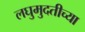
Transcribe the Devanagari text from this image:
लघुमुदतीच्‍या